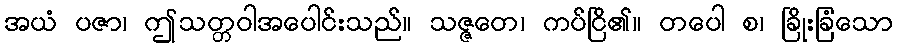
အယံ ပဇာ၊ ဤသတ္တဝါအပေါင်းသည်။ သဇ္ဇတေ၊ ကပ်ငြိ၏။ တပေါ စ၊ ခြိုးခြံသော